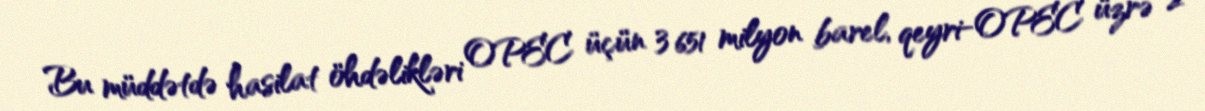
Bu müddətdə hasilat öhdəlikləri OPEC üçün 3 651 milyon barel, qeyri-OPEC üzrə 2